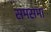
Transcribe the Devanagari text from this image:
समसमा